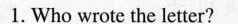
1. Who wrote the letter?